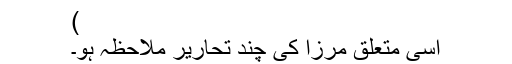
)
اسی متعلق مرزا کی چند تحاریر ملاحظہ ہو۔